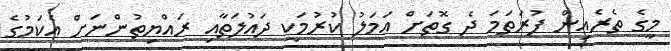
މީގެ ތެރެއިން ފުރަތަމަ ދެ ގޮތަށް ޢަމަލު ކުރުމަކީ ދައުލަތާއި ރައްޔިތުންނަށް އެކަމުގެ